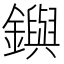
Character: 𨮔